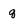
Character: q